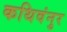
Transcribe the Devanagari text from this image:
कथिवंनुर